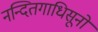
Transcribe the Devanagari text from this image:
नन्दितगाधिसूनो